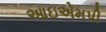
આઇએમપી